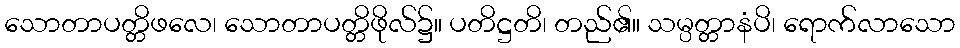
သောတာပတ္တိဖလေ၊ သောတာပတ္တိဖိုလ်၌။ ပတိဋ္ဌတိ၊ တည်၏။ သမ္ပတ္တာနံပိ၊ ရောက်လာသော